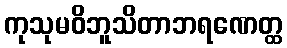
ကုသုမဝိဘူသိတာဘရဏေတ္ထ